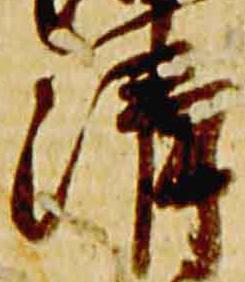
清